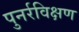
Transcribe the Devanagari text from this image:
पुनर्रविक्षण